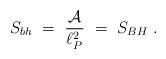
LaTeX: \begin{align*}S_{bh}~=~{{\cal A} \over \ell_P^2}~=~S_{BH}~.\end{align*}